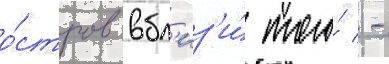
о́стров вбл'из'и́ того́ -